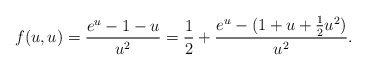
\begin{align*}f(u,u) = {e^u-1-u\over u^2} = {1\over2} + {e^u-(1+u+{1\over2} u^2)\over u^2}.\end{align*}